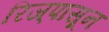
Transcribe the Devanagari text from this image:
रिज्‌पासून